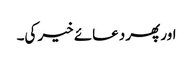
اور پھر دعائے خیر کی۔